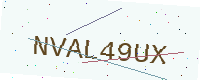
Text: NVAL49UX